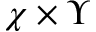
\chi \times \Upsilon